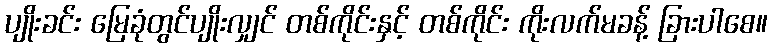
ပျိုးခင်း မြေခုံတွင်ပျိုးလျှင် တစ်ကိုင်းနှင့် တစ်ကိုင်း ကိုးလက်မခန့် ခြားပါစေ။